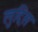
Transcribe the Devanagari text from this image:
लुट्रिस